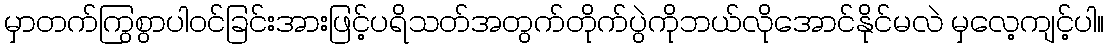
မှာတက်ကြွစွာပါဝင်ခြင်းအားဖြင့်ပရိသတ်အတွက်တိုက်ပွဲကိုဘယ်လိုအောင်နိုင်မလဲ မှလေ့ကျင့်ပါ။